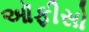
ઑફીસો